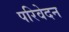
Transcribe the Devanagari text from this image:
परिवेदन